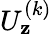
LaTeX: U_{\mathbf{z}}^{(k)}